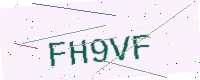
Text: FH9VF